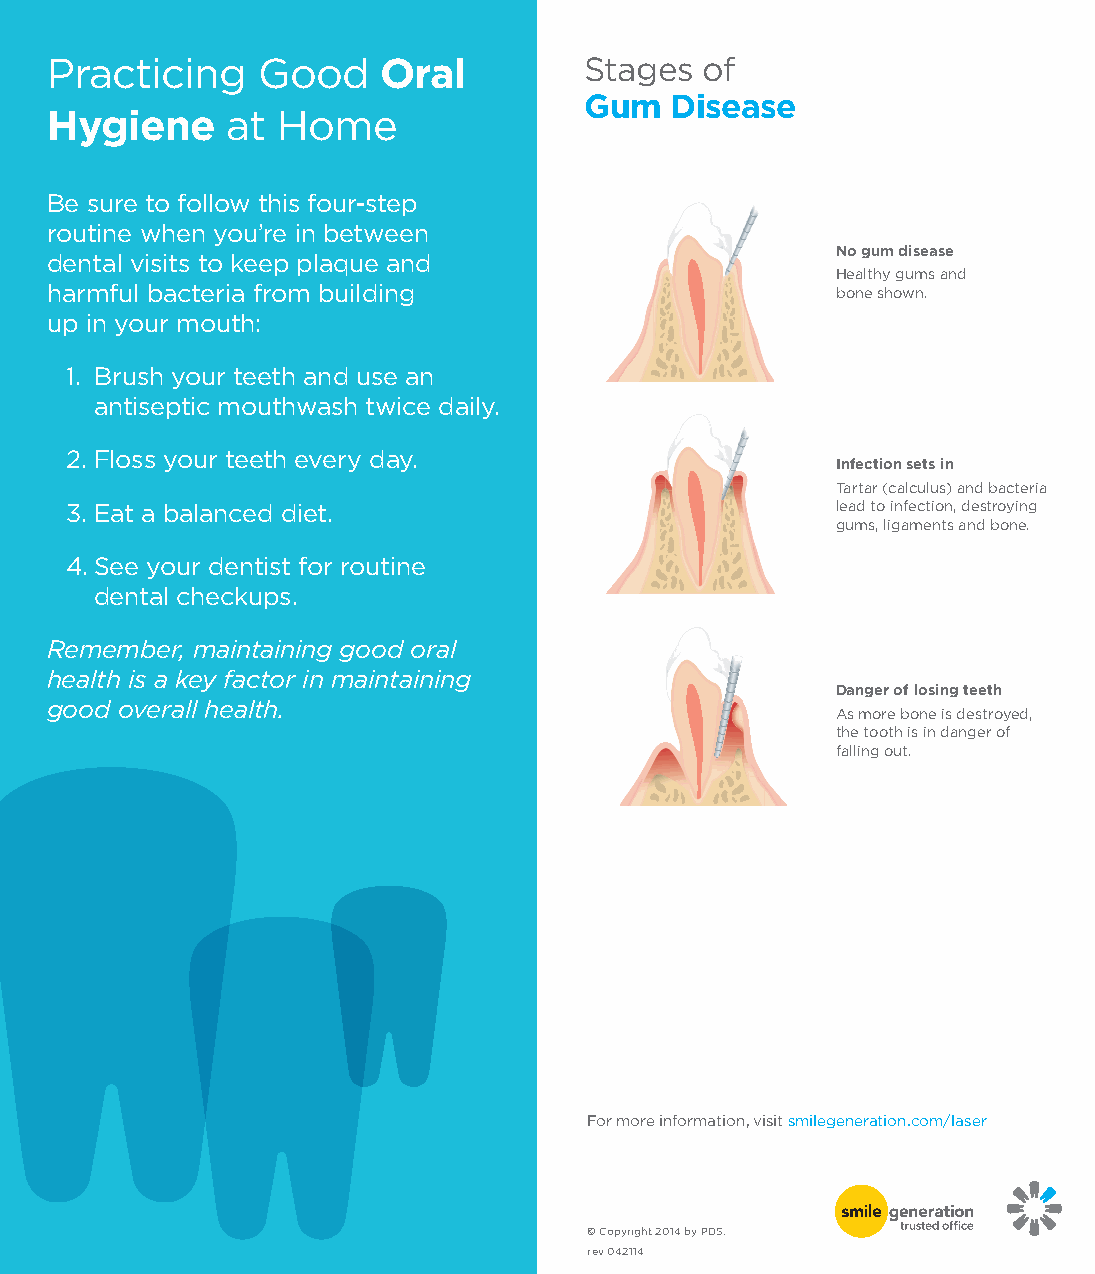
Practicing    Good    Oral          Stages of                           Laser
 Gum  Disease
 Hygiene     at Home
 Treatment
 Be sure to follow this four-step
 routine when you’re in between                                          The  Modern    Treatment
 No gum disease
 dental visits to keep plaque and
 Healthy gums and    for Gum    (Periodontal)
 harmful bacteria from building                      bone shown.
 up in your mouth:
 Disease
 1. Brush your teeth and use an
 antiseptic mouthwash twice daily.
 2. Floss your teeth every day.
 Infection sets in
 Tartar (calculus) and bacteria
 3. Eat a balanced diet.                            lead to infection, de stroying
 gums, ligaments and bone.
 4. See your dentist for routine
 dental checkups.
 Remember, maintaining good oral
 health is a key factor in maintaining
 Danger of losing teeth
 good overall health.
 As more bone is destroyed,
 the tooth is in danger of
 falling out.
 For more information, visit smilegeneration.com/laser
 © Copyright 2014 by PDS.
 rev 042114